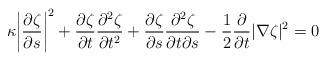
LaTeX: \begin{align*}\kappa{\left|\frac{\partial\zeta}{\partial s}\right|}^2+\frac{\partial\zeta}{\partial t}\frac{\partial^2\zeta}{\partial t^2}+\frac{\partial\zeta}{\partial s}\frac{\partial^2\zeta}{\partial t\partial s}-\frac{1}{2}\frac{\partial}{\partial t}|\nabla\zeta|^2=0\end{align*}